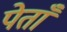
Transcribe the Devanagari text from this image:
पेताँ